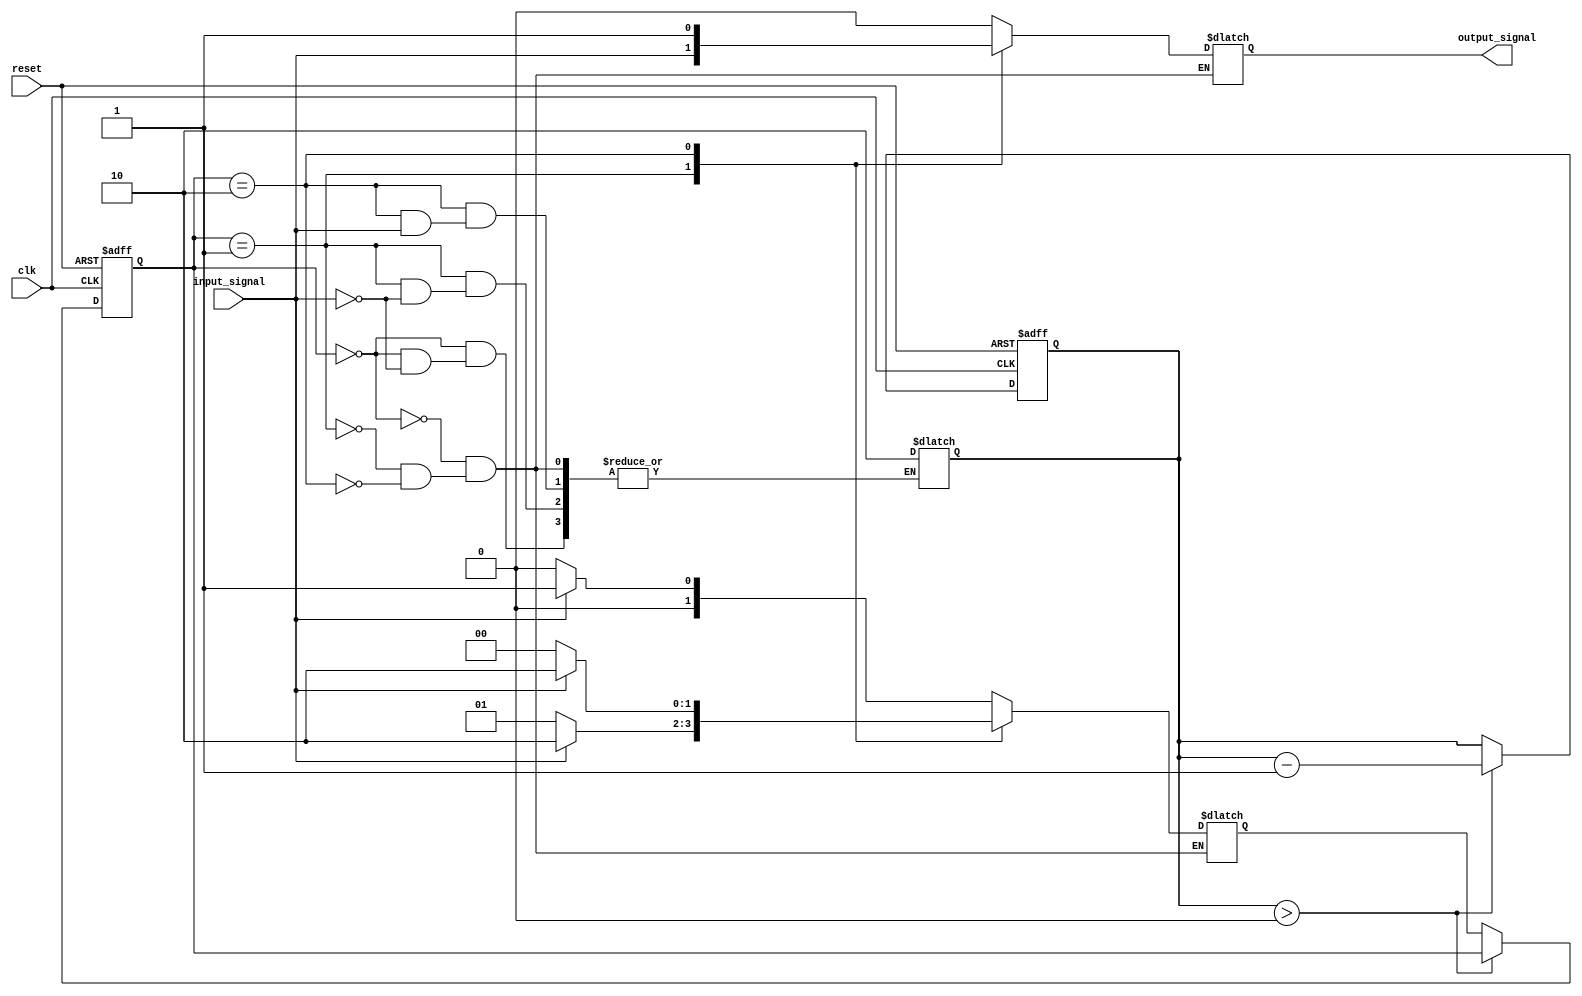
module Mealy_State_Machine (
  input wire clk,
  input wire reset,
  input wire input_signal,
  output reg output_signal
);

// Define state variables
parameter STATE_A = 2'b00;
parameter STATE_B = 2'b01;
parameter STATE_C = 2'b10;

reg [1:0] current_state, next_state;

// Define wait states
parameter WAIT_STATES = 2; // Number of clock cycles for each wait state
reg [1:0] wait_counter;

// Define outputs for each state
always @(posedge clk or posedge reset) begin
  if (reset) begin
    current_state <= STATE_A;
    wait_counter <= 0;
  end else if (wait_counter > 0) begin
    wait_counter <= wait_counter - 1;
  end else begin
    current_state <= next_state;
  end
end

// Define state transitions based on current state and input signal
always @(*) begin
  case (current_state)
    STATE_A: begin
      if (input_signal) begin
        next_state = STATE_B;
        wait_counter = WAIT_STATES;
      end else begin
        next_state = STATE_A;
      end
    end
    
    STATE_B: begin
      if (input_signal) begin
        next_state = STATE_C;
        wait_counter = WAIT_STATES;
      end else begin
        next_state = STATE_B;
      end
    end
    
    STATE_C: begin
      if (!input_signal) begin
        next_state = STATE_A;
        wait_counter = WAIT_STATES;
      end else begin
        next_state = STATE_C;
      end
    end
  endcase
end

// Define outputs based on current state and input signal
always @(*) begin
  case (current_state)
    STATE_A: begin
      output_signal = 1'b0;
    end
    
    STATE_B: begin
      output_signal = input_signal;
    end
    
    STATE_C: begin
      output_signal = 1'b1;
    end
  endcase
end

endmodule